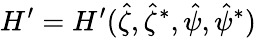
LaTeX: H^{\prime}=H^{\prime}(\hat{\zeta},\hat{\zeta}^{*},\hat{\psi},\hat{\psi}^{*})